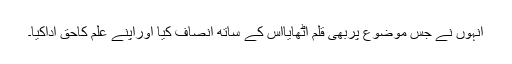
انہوں نے جس موضوع پربھی قلم اٹھایااس کے ساتھ انصاف کیا اوراپنے علم کاحق اداکیا۔